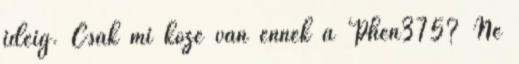
ideig. Csak mi köze van ennek a Phen375? Ne